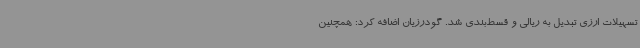
تسهیلات ارزی تبدیل به ریالی و قسط‌بندی شد. گودرزیان اضافه کرد: همچنین